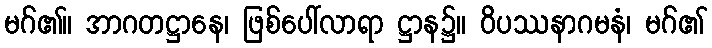
မဂ်၏။ အာဂတဋ္ဌာနေ၊ ဖြစ်ပေါ်လာရာ ဋ္ဌာန၌။ ဝိပဿနာဂမနံ၊ မဂ်၏